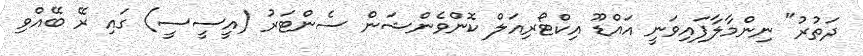
ދަތުރު" ނިންމާލާފައިވަނީ އައްޑޫ އިކްޓޯރިއަލް ކޮންވެންޝަން ސެންޓަރު (އީސީސީ) ގައި ރޭ ބޭއްވި